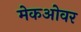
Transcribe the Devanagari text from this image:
मेकओवर